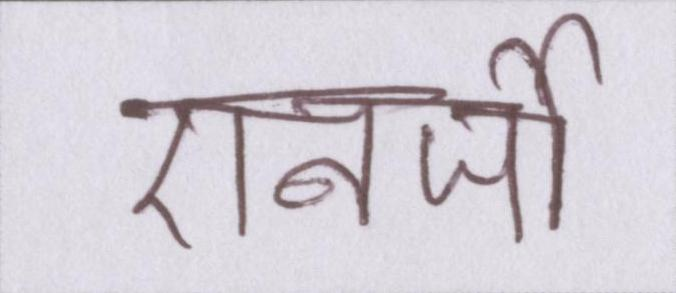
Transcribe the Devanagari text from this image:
एनर्जी